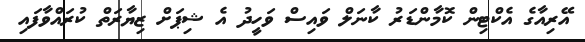
އޭރިއާގެ އެކްޓިން ކޮމާންޑަރު ކާނަލް ވައިސް ވަހީދު އެ ޝިޕަށް ޒިޔާރަތް ކުރައްވާފައި